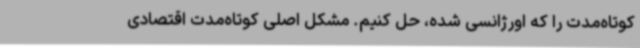
کوتاه‌مدت را که اورژانسی شده، حل کنیم. مشکل اصلی کوتاه‌مدت اقتصادی